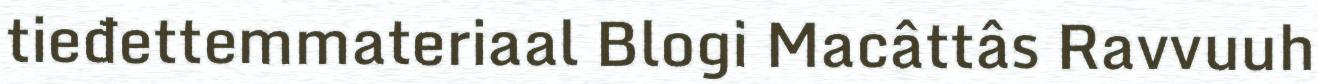
tieđettemmateriaal Blogi Macâttâs Ravvuuh